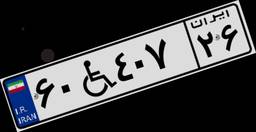
۶۰W۴۰۷۲۶